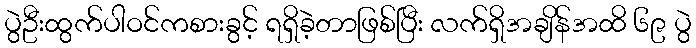
ပွဲဦးထွက်ပါဝင်ကစားခွင့် ရရှိခဲ့တာဖြစ်ပြီး လက်ရှိအချိန်အထိ ၆၉ ပွဲ